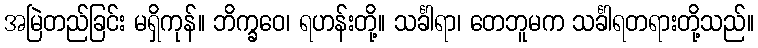
အမြဲတည်ခြင်း မရှိကုန်။ ဘိက္ခဝေ၊ ရဟန်းတို့။ သင်္ခါရာ၊ တေဘူမက သင်္ခါရတရားတို့သည်။